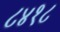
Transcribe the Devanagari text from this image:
८४१८